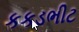
કકડભીટ